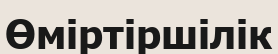
Өміртіршілік